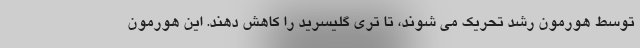
توسط هورمون رشد تحریک می شوند، تا تری گلیسرید را کاهش دهند. این هورمون